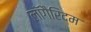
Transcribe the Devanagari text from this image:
लॉगैरिद्म